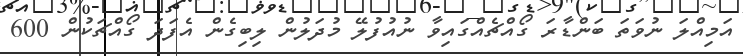
އަމިއްލަ ނުވަތަ ބަންޑާރަ ގޯއްޗެއްގައިވާ ނުއުފުލޭ މުދަލުން ލިބިގެން އެފަދަ ގޯއްޗަކުން 600